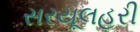
સરયૂલહરી